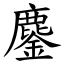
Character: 鏖